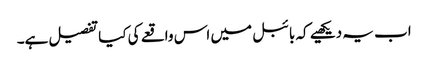
اب یہ دیکھیے کہ بائبل میں اس واقعے کی کیا تفصیل ہے۔